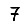
Digit: 7